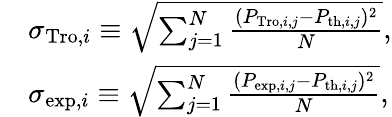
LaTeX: \begin{array}{rl}&{\sigma_{\mathrm{Tro},i}\equiv\sqrt{\sum_{j=1}^{N}\frac{(P_{\mathrm{Tro},i,j}-P_{\mathrm{th},i,j})^{2}}{N}},}\\ &{\sigma_{\mathrm{exp},i}\equiv\sqrt{\sum_{j=1}^{N}\frac{(P_{\mathrm{exp},i,j}-P_{\mathrm{th},i,j})^{2}}{N}},}\end{array}